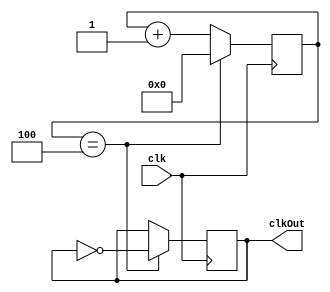
module ClkDiv(clk, clkOut); 
   input clk; 
   output reg clkOut;
  
   parameter divVal = 4; // 4 for divide by 10 (dividing by 2*(DivVal+1)
   reg[3:0] divCnt;
   initial begin divCnt = 0; clkOut = 0; end  // initialize for simulator
   
   always @(posedge clk) begin
      if (divCnt == divVal) begin
            clkOut = ~clkOut;
            divCnt = 0;
      end
      else begin
            divCnt = divCnt + 1;
      end
   end
endmodule